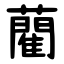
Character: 藺